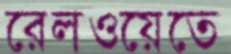
রেলওয়েতে